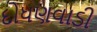
દોધણવાડી